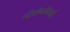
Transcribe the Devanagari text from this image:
स्ट्रेप्टोकोकाई